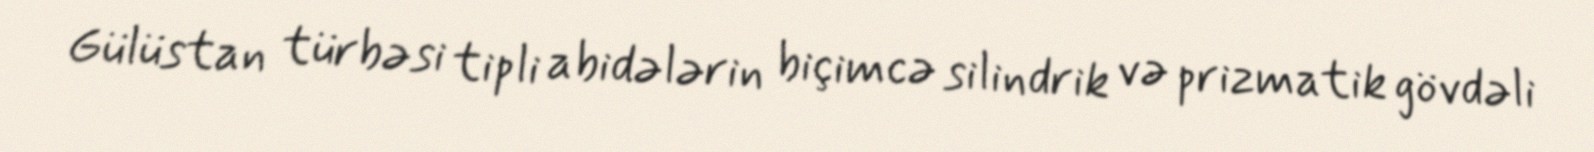
Gülüstan türbəsi tipli abidələrin biçimcə silindrik və prizmatik gövdəli